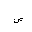
Letter: _sad